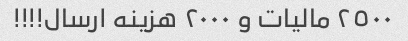
٢٥٠٠ مالیات و ٢٠٠٠ هزینه ارسال!!!!